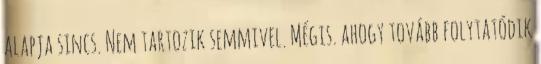
alapja sincs. Nem tartozik semmivel. Mégis. ahogy tovább folytatódik